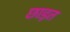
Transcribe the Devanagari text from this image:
छाड़त